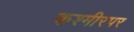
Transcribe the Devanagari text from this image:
कश्मीरपर